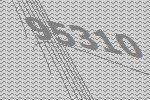
95310